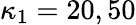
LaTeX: \kappa_{1}=20,50